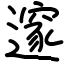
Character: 𨗉